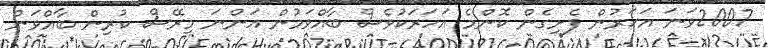
2007ވަނަ އަހަރުން ފެށިގެން ކޮންމެ އަހަރަކުވެސް ބާއްވަމުން އަންނަ މިރޭސް ކުރިން ބާއްވަން